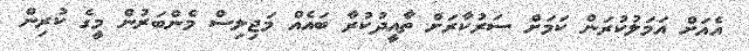
އެއަށް އަމަލުކުރަން ކަަމަށް ސަރުކާރަށް ތާއީދުކުރާ ބައެއް މަޖިލިސް މެންބަރުން މީގެ ކުރިން